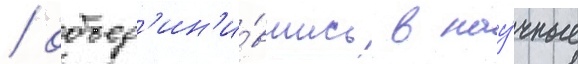
/ объед'ин'и́вшись в нау́чные